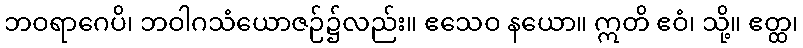
ဘဝရာဂေပိ၊ ဘဝါဂသံယောဇဉ်၌လည်း။ ဧသေဝ နယော။ ဣတိ ဧဝံ၊ သို့။ ဧတ္ထ၊